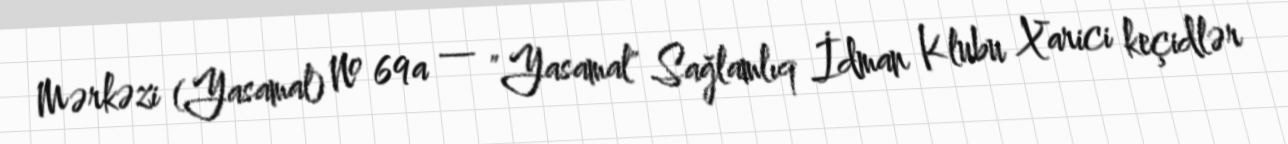
Mərkəzi (Yasamal) № 69a — "Yasamal" Sağlamlıq İdman Klubu Xarici keçidlər